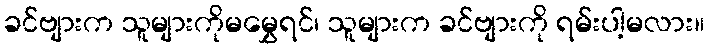
ခင်ဗျားက သူများကိုမမွှေရင်၊ သူများက ခင်ဗျားကို ရမ်းပါ့မလား။